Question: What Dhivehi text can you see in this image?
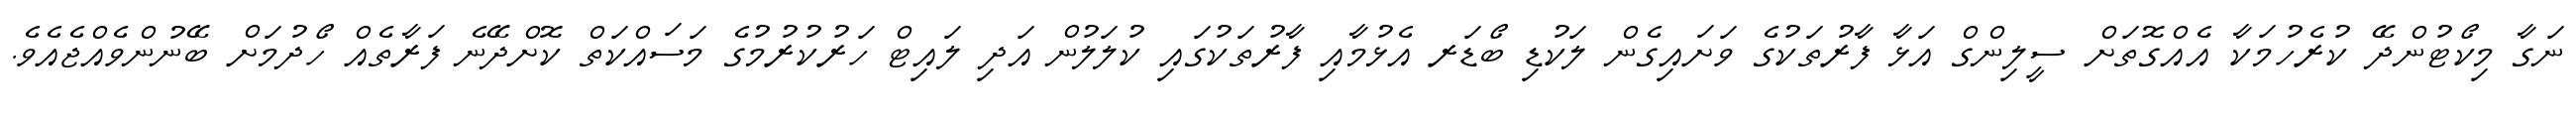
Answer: ނަގާ މިކޯޓުންދޭ ކުރެހުމަކާ އެއްގޮތަށް ސީލިންގް އަޅާ ފާރުތަކުގެ ވަށައިގެން ލަކުޑި ބޯޑަރ އެޅުމާއި ފާރުތަކުގައި ކުލަލުން އަދި ލައިޓް ހަރުކުރުމުގެ މަސައްކަތް ކޮށްދޭނެ ފަރާތެއް ހޯދުމަށް ބޭނުންވެއްޖެއެވެ.